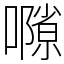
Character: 𡁸